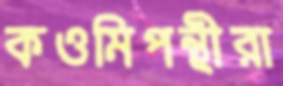
কওমিপন্থীরা